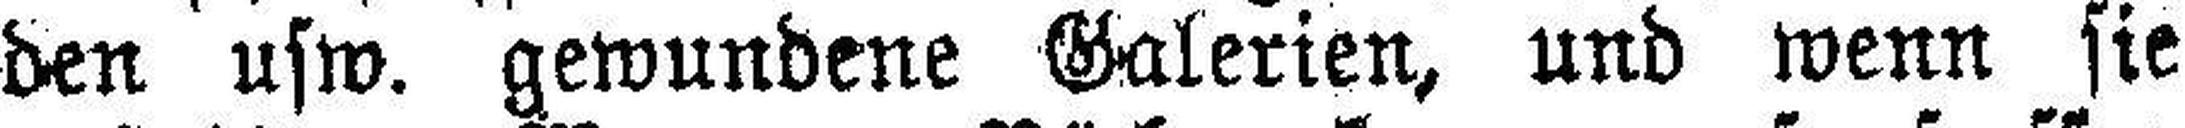
den usw. gewundene Galerien, und wenn sie